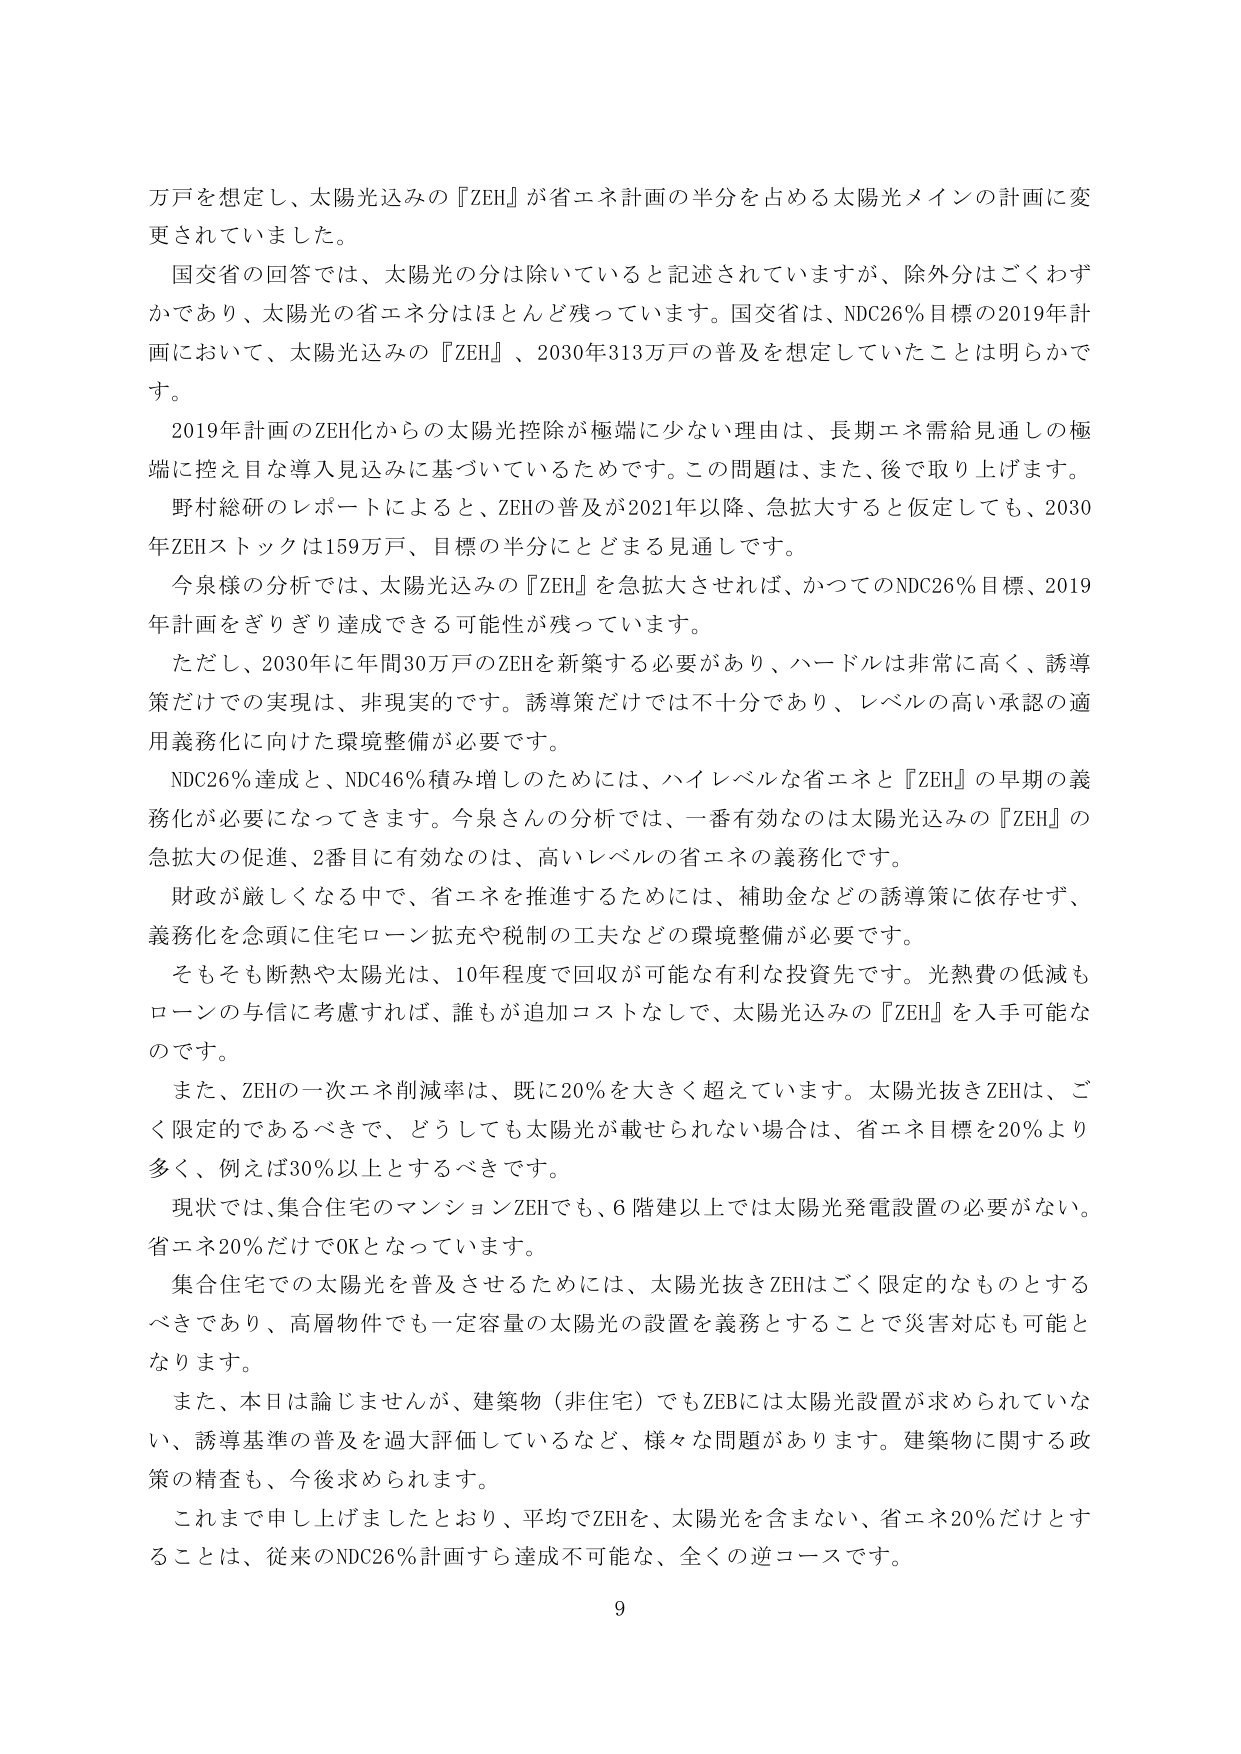
万戸を想定し、太陽光込みの『ZEH』が省エネ計画の半分を占める太陽光メインの計画に変更されていました。

国交省の回答では、太陽光の分は除いていると記述されていますが、除外分はごくわずかであり、太陽光の省エネ分はほとんど残っています。国交省は、NDC26％目標の2019年計画において、太陽光込みの『ZEH』、2030年313万戸の普及を想定していたことは明らかです。

2019年計画のZEH化からの太陽光控除が極端に少ない理由は、長期エネ需給見通しの極端に控え目な導入見込みに基づいているためです。この問題は、また、後で取り上げます。

野村総研のレポートによると、ZEHの普及が2021年以降、急拡大すると仮定しても、2030年ZEHストックは159万戸、目標の半分にとどまる見通しです。

今泉様の分析では、太陽光込みの『ZEH』を急拡大させれば、かつてのNDC26％目標、2019年計画をぎりぎり達成できる可能性が残っています。

ただし、2030年に年間30万戸のZEHを新築する必要があり、ハードルは非常に高く、誘導策だけでの実現は、非現実的です。誘導策だけでは不十分であり、レベルの高い承認の適用義務化に向けた環境整備が必要です。

NDC26％達成と、NDC46％積み増しのためには、ハイレベルな省エネと『ZEH』の早期の義務化が必要になってきます。今泉さんの分析では、一番有効なのは太陽光込みの『ZEH』の急拡大の促進、2番目に有効なのは、高いレベルの省エネの義務化です。

財政が厳しくなる中で、省エネを推進するためには、補助金などの誘導策に依存せず、義務化を念頭に住宅ローン拡充や税制の工夫などの環境整備が必要です。

そもそも断熱や太陽光は、10年程度で回収が可能な有利な投資先です。光熱費の低減もローンの与信に考慮すれば、誰もが追加コストなしで、太陽光込みの『ZEH』を入手可能なのです。

また、ZEHの一次エネ削減率は、既に20％を大きく超えています。太陽光抜きZEHは、ごく限定的であるべきで、どうしても太陽光が載せられない場合は、省エネ目標を20％より多く、例えば30％以上とするべきです。

現状では、集合住宅のマンションZEHでも、6階建以上では太陽光発電設置の必要がない。省エネ20％だけでOKとなっています。

集合住宅での太陽光を普及させるためには、太陽光抜きZEHはごく限定的なものとするべきであり、高層物件でも一定容量の太陽光の設置を義務とすることで災害対応も可能となります。

また、本日は論じませんが、建築物（非住宅）でもZEBには太陽光設置が求められていない、誘導基準の普及を過大評価しているなど、様々な問題があります。建築物に関する政策の精査も、今後求められます。

これまで申し上げましたとおり、平均でZEHを、太陽光を含まない、省エネ20％だけとすることは、従来のNDC26％計画すら達成不可能な、全くの逆コースです。

9